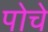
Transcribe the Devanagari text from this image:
पोचे